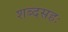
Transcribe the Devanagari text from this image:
शब्दसहः